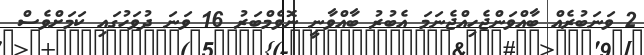
2 ވަނަބުރެއް ބާއްވަންޖެހިއްޖެނަމަ އެބުރު ބާއްވާނީ ނޮވެމްބަރު 16 ވަނަ ދުވަހުގައި ކަމަށްވެސް